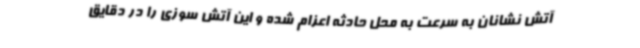
آتش نشانان به سرعت به محل حادثه اعزام شده و این آتش سوزی را در دقایق